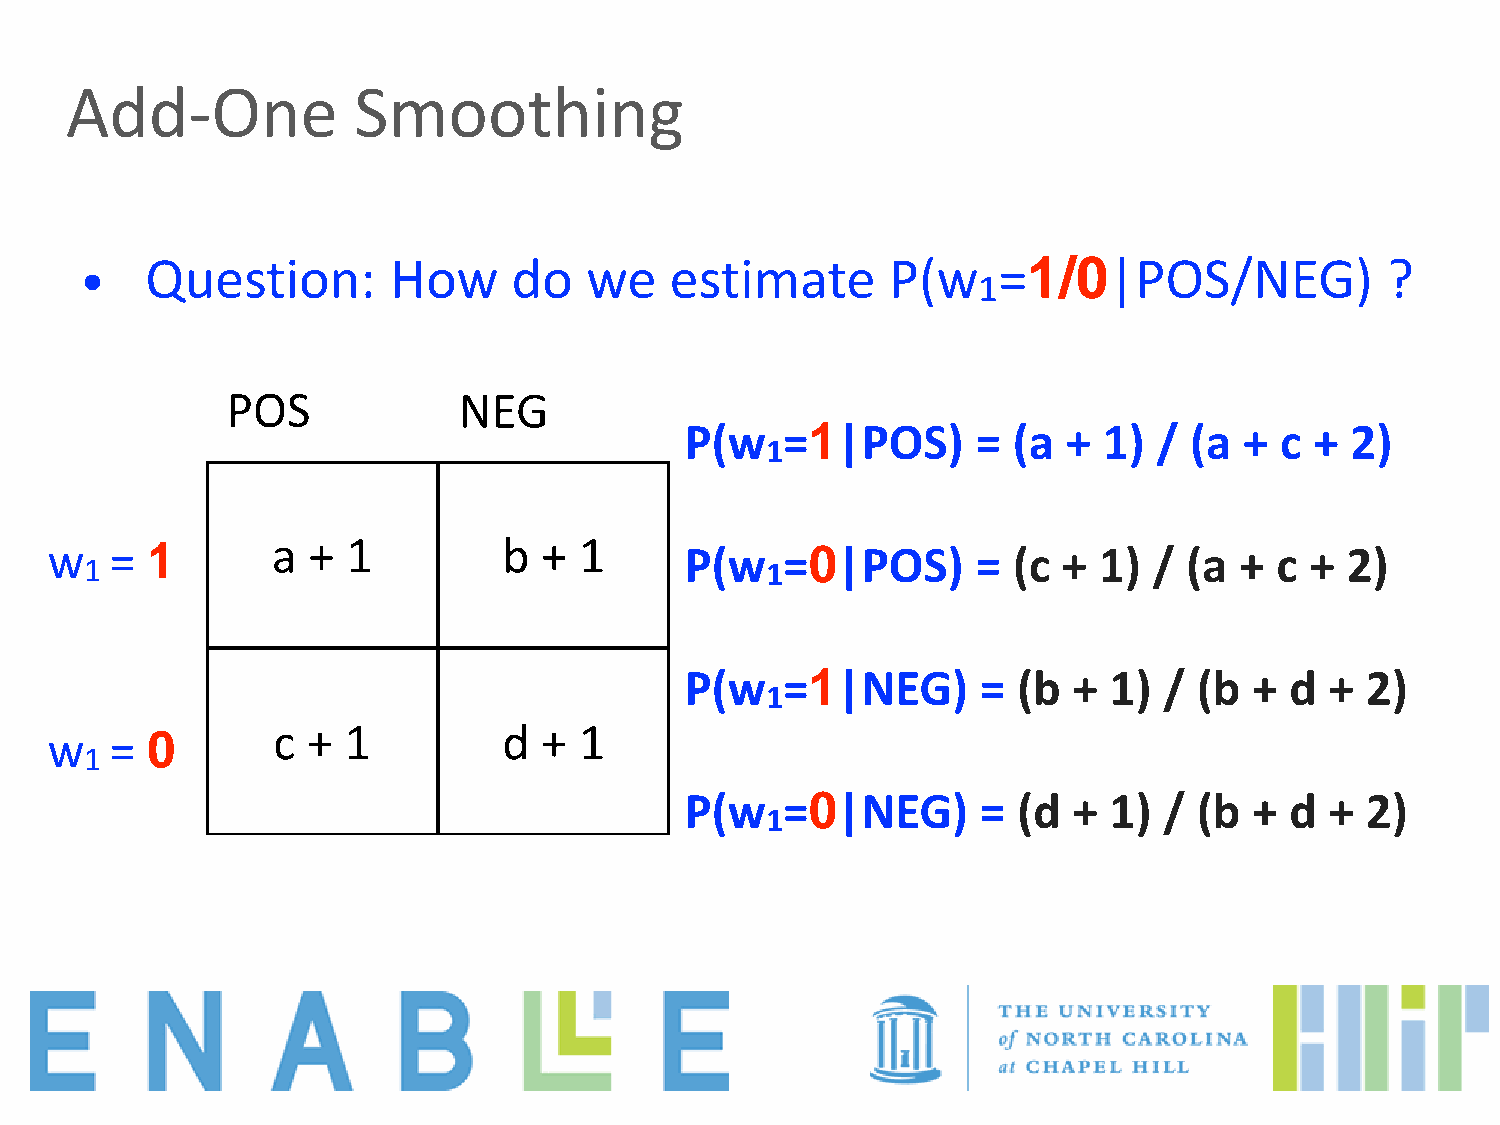
Add-One            Smoothing
 •    Question:       How     do   we   estimate       P(w    =1/0|POS/NEG)             ?
 1
 POS            NEG
 P(w    =1|POS)      = (a  + 1)  / (a +  c + 2)
 1
 w   =  1       a +  1         b  + 1      P(w    =0|POS)      = (c +  1) /  (a +  c + 2)
 1                                            1
 P(w    =1|NEG)      = (b  + 1)  / (b  + d  + 2)
 1
 c +  1         d  + 1
 w   =  0
 1
 P(w    =0|NEG)      = (d  + 1)  / (b  + d  + 2)
 1